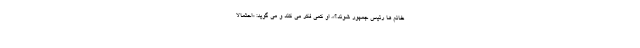
خانم ها رئیس جمهور شوند؟». او کمی فکر می کند و می گوید: «احتمالا